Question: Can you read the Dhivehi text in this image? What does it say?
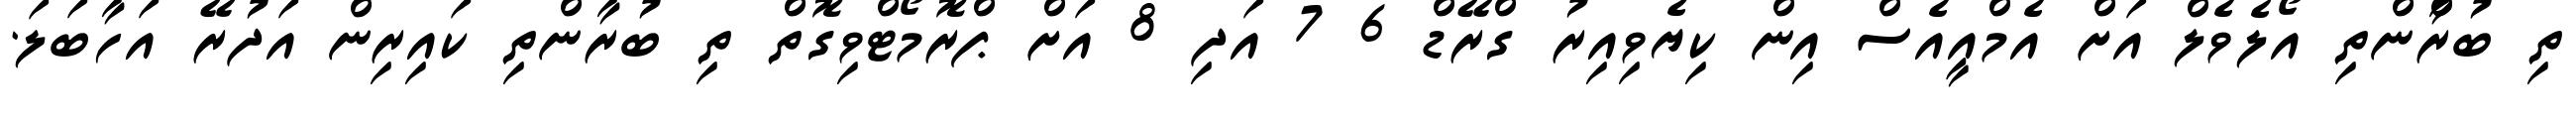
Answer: ތި ބުރާްންތި އޯލެވެލް އަށް އެމްއީއެސް އިން ކިޔެވިއިރު ގްރޭޑް 6 7 އަދި 8 އަށް ޕްރޮމޯޓްވިގޮތް ތި ބުރާންތި ކައިރިން އަދުރޭ އަހާބަލަ.